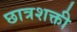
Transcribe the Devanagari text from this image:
छात्रशक्ती